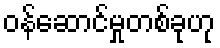
ဝန်ဆောင်မှုတစ်ခုဟု